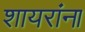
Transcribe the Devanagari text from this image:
शायरांना